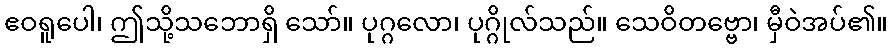
ဧဝရူပေါ၊ ဤသို့သဘောရှိ သော်။ ပုဂ္ဂလော၊ ပုဂ္ဂိုလ်သည်။ သေဝိတဗ္ဗော၊ မှီဝဲအပ်၏။